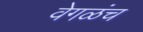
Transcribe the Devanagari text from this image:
वेगळंच